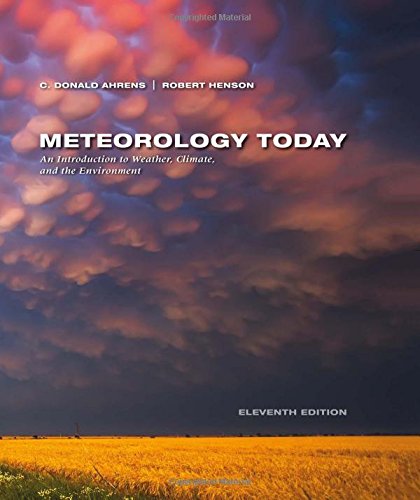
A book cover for Meteorology Today; C. Donald Ahrens; Science & Math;